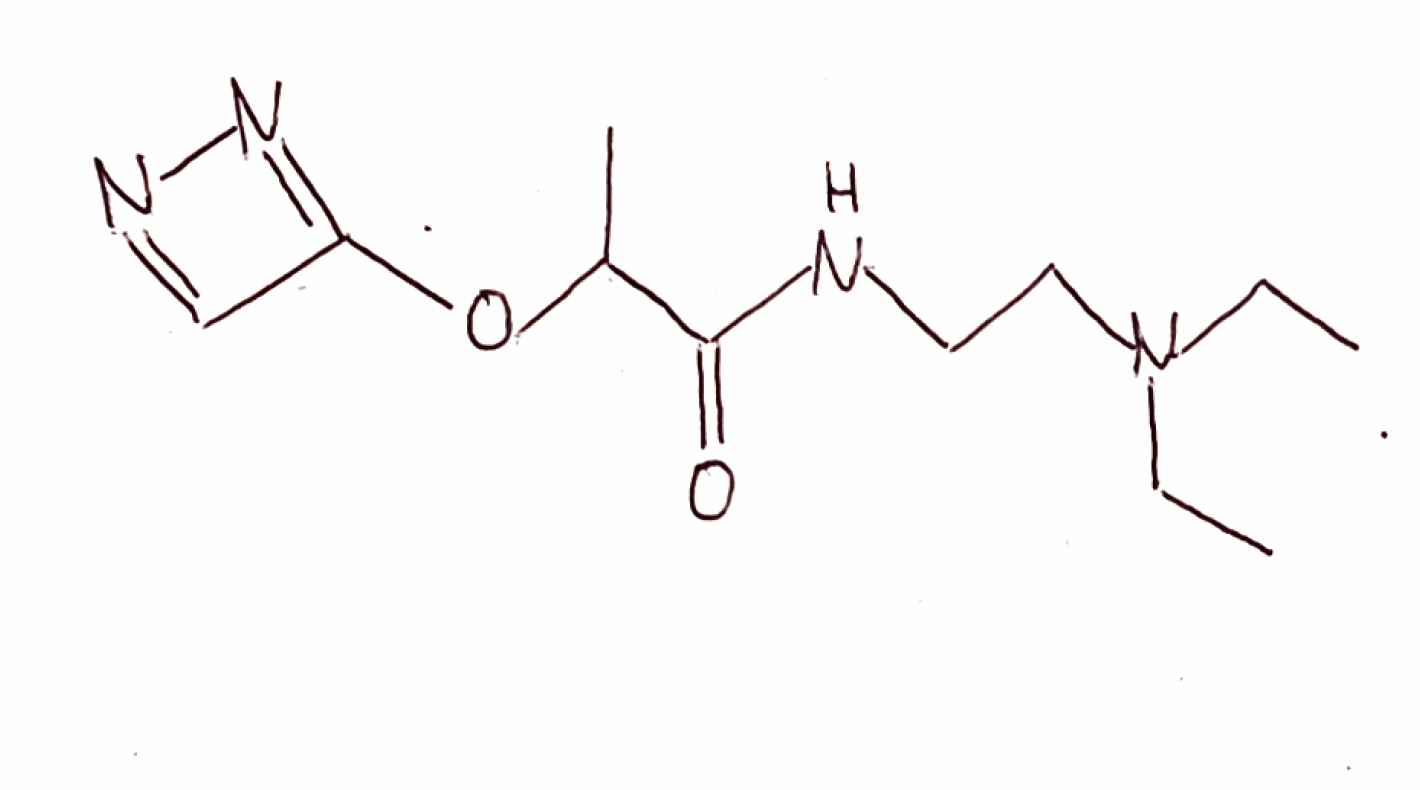
Simplified molecular-input line-entry system (SMILES) notation of the given molecule:
CCN(CC)CCNC(=O)C(C)OC1=NN=C1